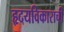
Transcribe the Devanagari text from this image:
हृदयविकाराची